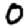
Digit: 0